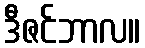
ဒီဇင်ဘာလ။